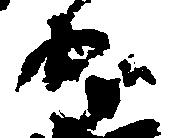
守